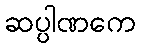
ဆပ္ပါဏကေ